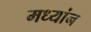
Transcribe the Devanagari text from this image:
मध्यांन